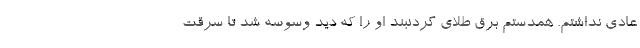
عادی نداشتم. همدستم برق طلای گردنبند او را که دید وسوسه شد تا سرقت